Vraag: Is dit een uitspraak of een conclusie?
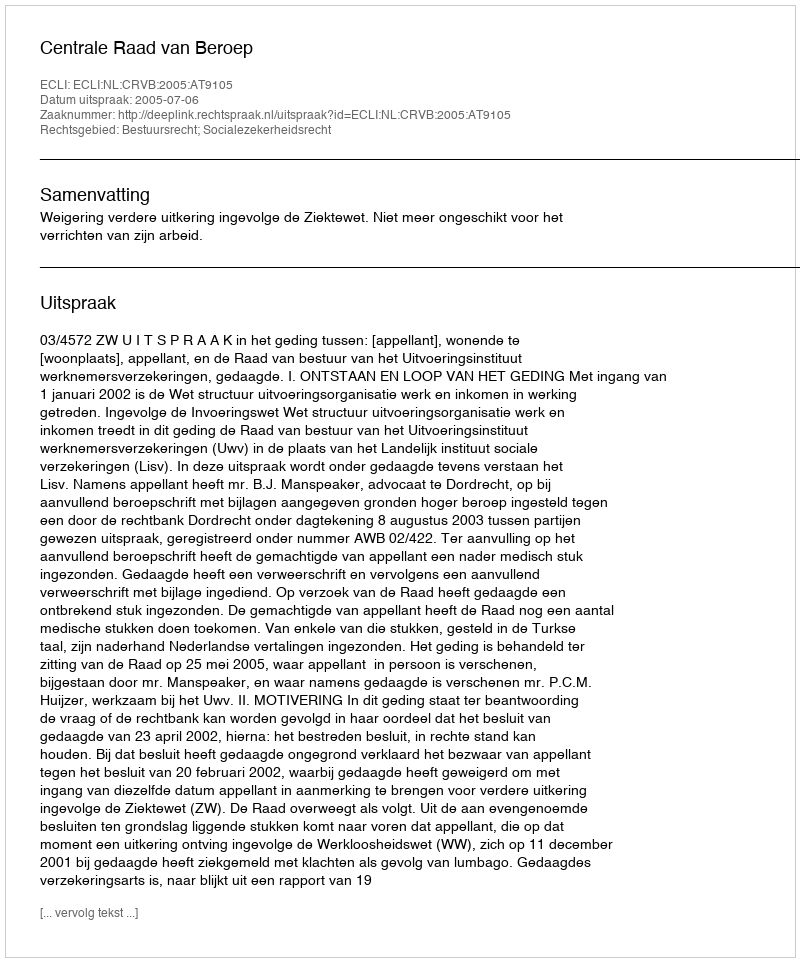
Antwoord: Uitspraak